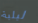
ليلية